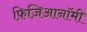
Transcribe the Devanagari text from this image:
फ़िज़िआनॉमी